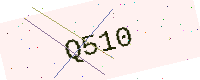
Text: Q510